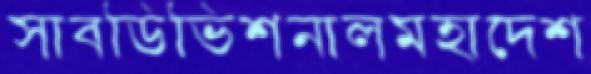
সাবডিভিশনালমহাদেশ